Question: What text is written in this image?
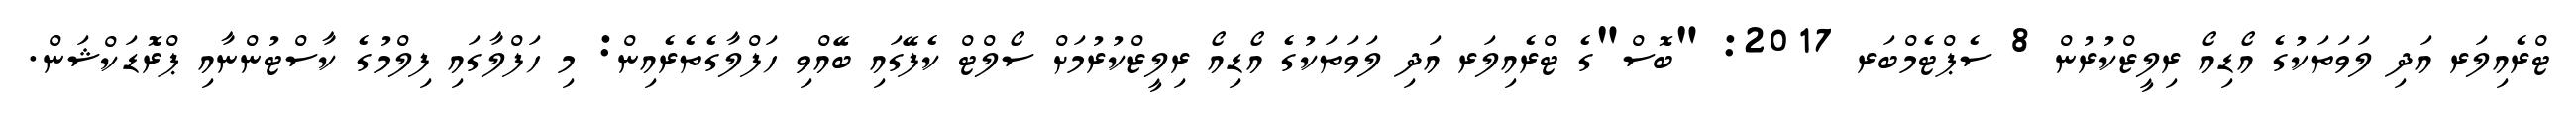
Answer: ޓްރެއިލަރ އަދި ލަވަތަކުގެ އޯޑިއޯ ރިލީޒްކުރުން 8 ސެޕްޓެމްބަރ 2017: "ބޮސް"ގެ ޓްރެއިލަރ އަދި ލަވަތަކުގެ އޯޑިއޯ ރިލީޒްކުރުމަށް ސޯލްޓް ކެފޭގައި ބޭއްވި ހަފްލާގެތެރެއިން: މި ހަފްލާގައި ފިލްމުގެ ކާސްޓުންނާއި ޕްރޮޑަކްޝަން.